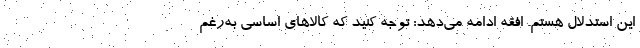
این استدلال هستم. افقه ادامه می‌دهد: توجه کنید که کالاهای اساسی به‌رغم